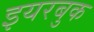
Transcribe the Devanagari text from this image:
इयरबुक